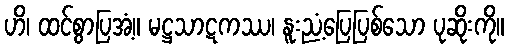
ဟိ၊ ထင်စွာပြအံ့။ မဋ္ဌသာဋကဿ၊ နူးညံ့ပြေပြစ်သော ပုဆိုးကို။